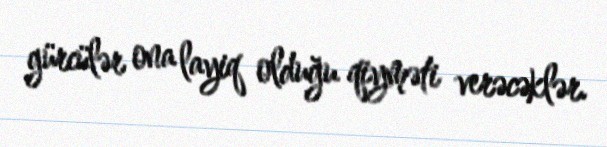
gürcülər ona layiq olduğu qiyməti verəcəklər.